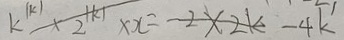
k ^ { \vert k \vert } \times 2 ^ { \vert k \vert } \times x = - 2 \times 2 k - 4 k ^ { \prime }